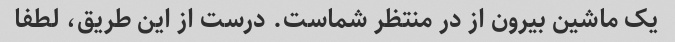
یک ماشین بیرون از در منتظر شماست. درست از این طریق، لطفا